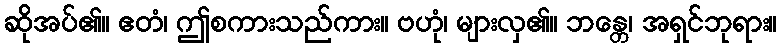
ဆိုအပ်၏။ ဧတံ၊ ဤစကားသည်ကား။ ဗဟုံ၊ များလှ၏။ ဘန္တေ၊ အရှင်ဘုရား။